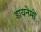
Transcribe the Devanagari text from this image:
डायनेमों